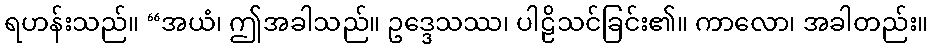
ရဟန်းသည်။ “အယံ၊ ဤအခါသည်။ ဥဒ္ဒေသဿ၊ ပါဠိသင်ခြင်း၏။ ကာလော၊ အခါတည်း။